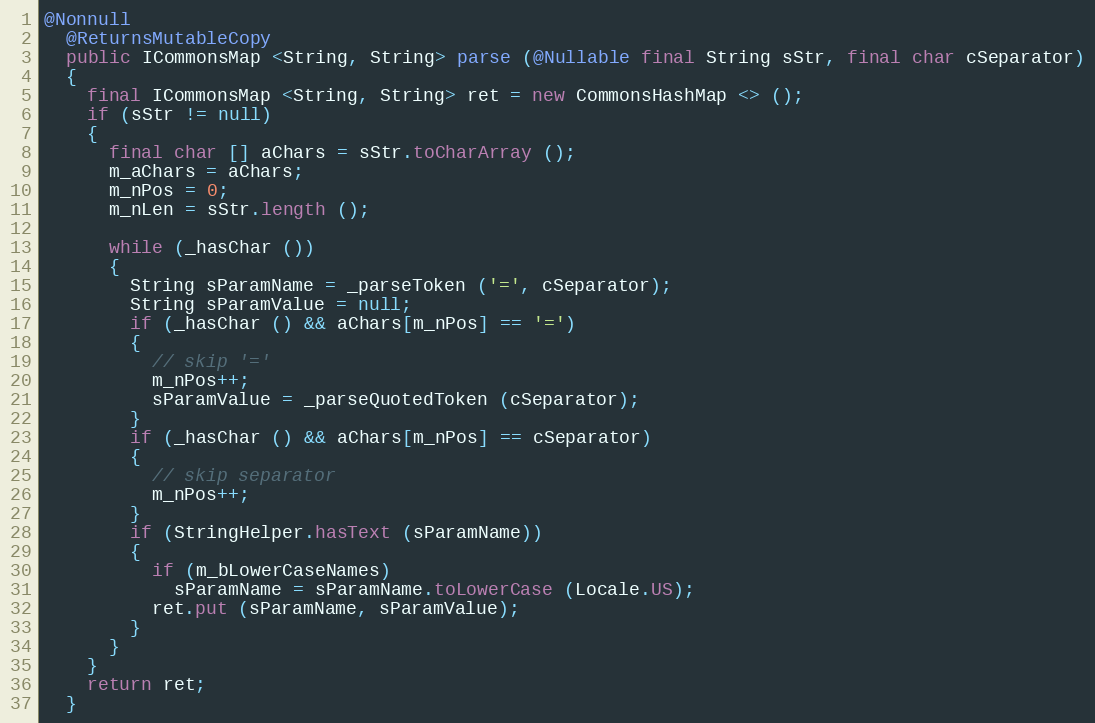
Language: Java
@Nonnull
  @ReturnsMutableCopy
  public ICommonsMap <String, String> parse (@Nullable final String sStr, final char cSeparator)
  {
    final ICommonsMap <String, String> ret = new CommonsHashMap <> ();
    if (sStr != null)
    {
      final char [] aChars = sStr.toCharArray ();
      m_aChars = aChars;
      m_nPos = 0;
      m_nLen = sStr.length ();

      while (_hasChar ())
      {
        String sParamName = _parseToken ('=', cSeparator);
        String sParamValue = null;
        if (_hasChar () && aChars[m_nPos] == '=')
        {
          // skip '='
          m_nPos++;
          sParamValue = _parseQuotedToken (cSeparator);
        }
        if (_hasChar () && aChars[m_nPos] == cSeparator)
        {
          // skip separator
          m_nPos++;
        }
        if (StringHelper.hasText (sParamName))
        {
          if (m_bLowerCaseNames)
            sParamName = sParamName.toLowerCase (Locale.US);
          ret.put (sParamName, sParamValue);
        }
      }
    }
    return ret;
  }